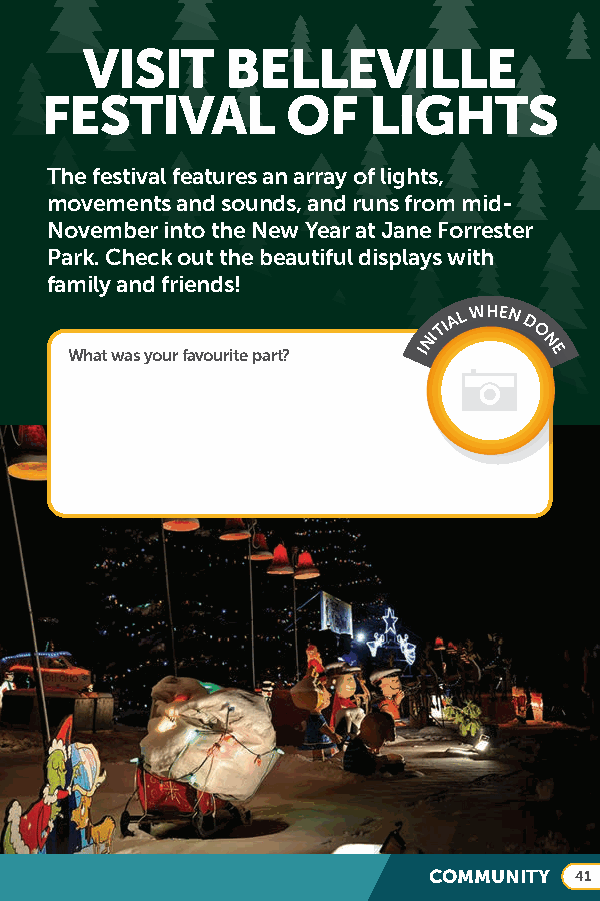
VISIT     BELLEVILLE
 FESTIVAL        OF   LIGHTS
 The festival features an array of lights,
 movements and sounds, and runs from mid-
 November into the New Year at Jane Forrester
 Park. Check out the beautiful displays with
 family and friends!
 TIA L WHEN D
 What was your favourite part?
 INI    O
 N
 E
 COMMUNITY 41